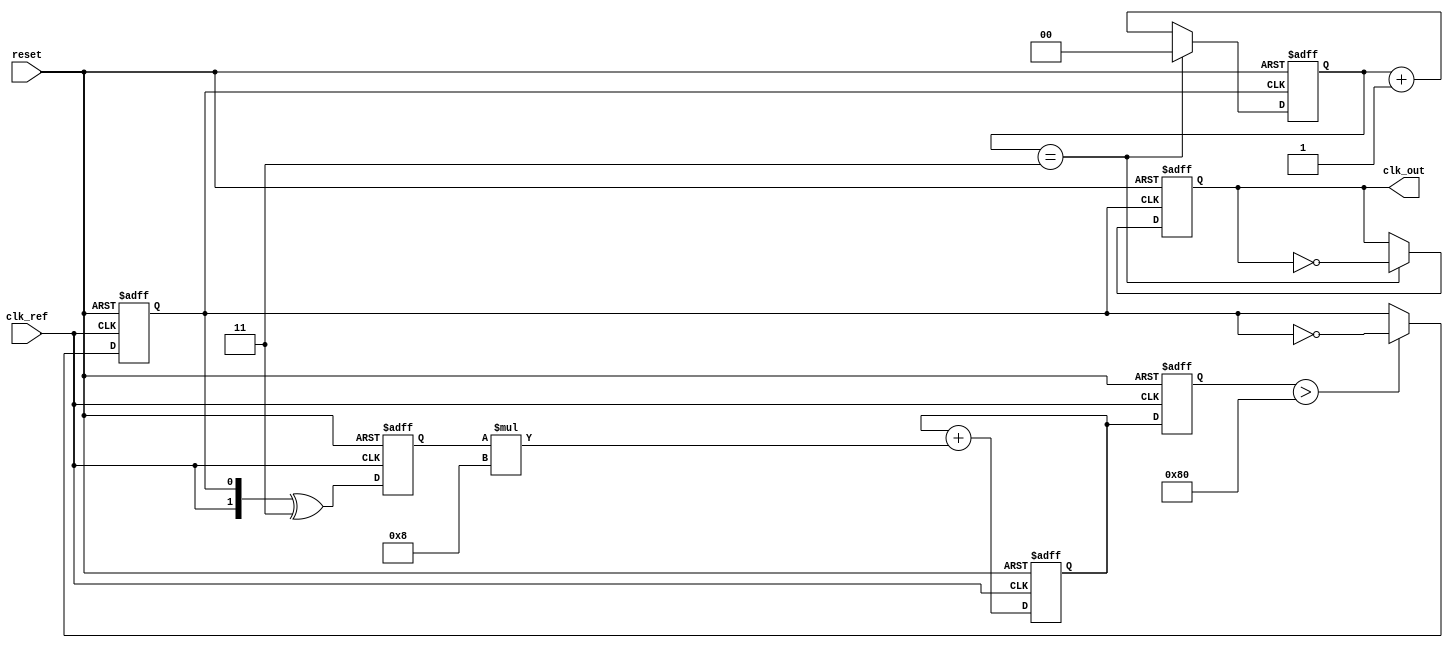
module PLL (
    input wire clk_ref,          // Reference clock input
    input wire reset,            // Reset signal
    output wire clk_out          // Output clock
);

// Parameters
parameter DIV_RATIO = 4;       // Division ratio for the frequency divider
parameter LOOP_FILTER_GAIN = 8; // Gain for the loop filter

// Internal signals
reg [1:0] phase_detector_out;   // Output of the phase detector
reg [7:0] loop_filter_out;       // Output of the loop filter
reg [7:0] vco_control;           // Control voltage for the VCO
reg clk_vco;                     // VCO output clock
reg [1:0] divider_count;         // Counter for frequency division

// Phase Detector (PD)
always @(posedge clk_ref or posedge reset) begin
    if (reset) begin
        phase_detector_out <= 2'b00;
    end else begin
        // Simple XOR phase detector
        phase_detector_out <= {clk_ref, clk_vco} ^ 2'b11; // Example phase comparison
    end
end

// Loop Filter (LF)
always @(posedge clk_ref or posedge reset) begin
    if (reset) begin
        loop_filter_out <= 8'b0;
    end else begin
        // Simple first-order loop filter
        loop_filter_out <= loop_filter_out + (phase_detector_out * LOOP_FILTER_GAIN);
    end
end

// Voltage-Controlled Oscillator (VCO)
always @(posedge clk_ref or posedge reset) begin
    if (reset) begin
        vco_control <= 8'b0;
        clk_vco <= 1'b0;
    end else begin
        // Control VCO frequency based on loop filter output
        vco_control <= loop_filter_out;
        // Simple VCO behavior: toggle clock based on control voltage
        if (vco_control > 8'd128) begin
            clk_vco <= ~clk_vco; // Toggle VCO output clock
        end
    end
end

// Frequency Divider
always @(posedge clk_vco or posedge reset) begin
    if (reset) begin
        divider_count <= 2'b00;
        clk_out <= 1'b0;
    end else begin
        divider_count <= divider_count + 1;
        if (divider_count == DIV_RATIO - 1) begin
            clk_out <= ~clk_out; // Toggle output clock
            divider_count <= 2'b00; // Reset counter
        end
    end
end

endmodule